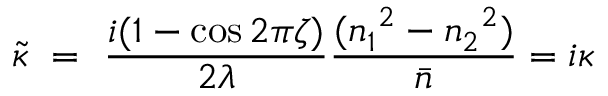
\tilde { \kappa } ~ = ~ \frac { i ( 1 - \cos { 2 \pi \zeta } ) } { 2 \lambda } \frac { ( { n _ { 1 } } ^ { 2 } - { n _ { 2 } } ^ { 2 } ) } { \Bar { n } } = i \kappa